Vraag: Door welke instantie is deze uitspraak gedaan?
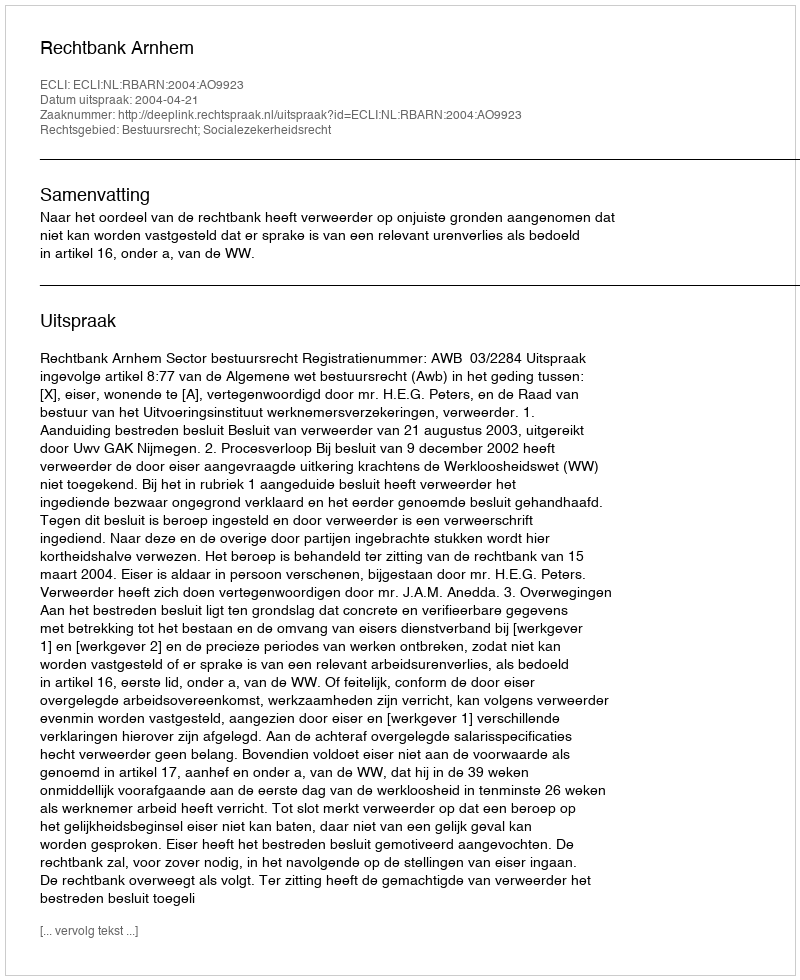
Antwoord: Rechtbank Arnhem